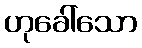
ဟုခေါ်သော